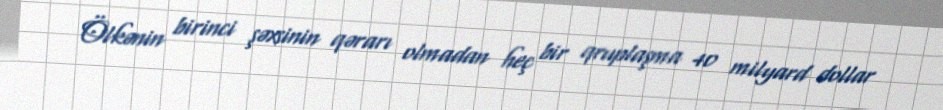
Ölkənin birinci şəxsinin qərarı olmadan heç bir qruplaşma 40 milyard dollar